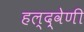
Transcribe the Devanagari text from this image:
हल्द्वेणी